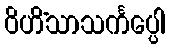
ဝိဟိံသာသင်္ကပ္ပေါ